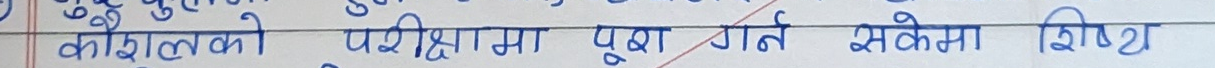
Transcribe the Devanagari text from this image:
काैशलको परीक्षामा पूछा गर्ने संकेत सिष्ट